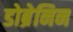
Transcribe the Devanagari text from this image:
डोब्रेनिन